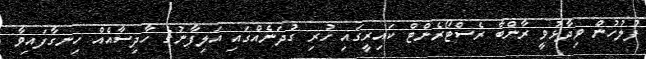
ފުލުހުން ވިދާޅުވީ ރާންބާ ރެސްޓޯރެންޓް ކައިރީގައި ހުރި ގުދަނެއްގައި އަލިފާނުގެ ހާދިސާއެއް ހިނގާފައިވާ